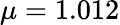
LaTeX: \mu=1.012